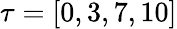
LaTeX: \tau=[0,3,7,10]